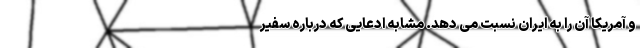
و آمریکا آن را به ایران نسبت می دهد. مشابه ادعایی که درباره سفیر